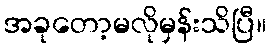
အခုတော့မလိုမှန်းသိပြီ။